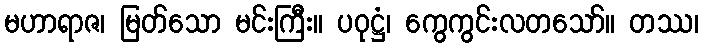
မဟာရာဇ၊ မြတ်သော မင်းကြီး။ ပဝုဋ္ဌံ၊ ကွေကွင်းလတသော်။ တဿ၊